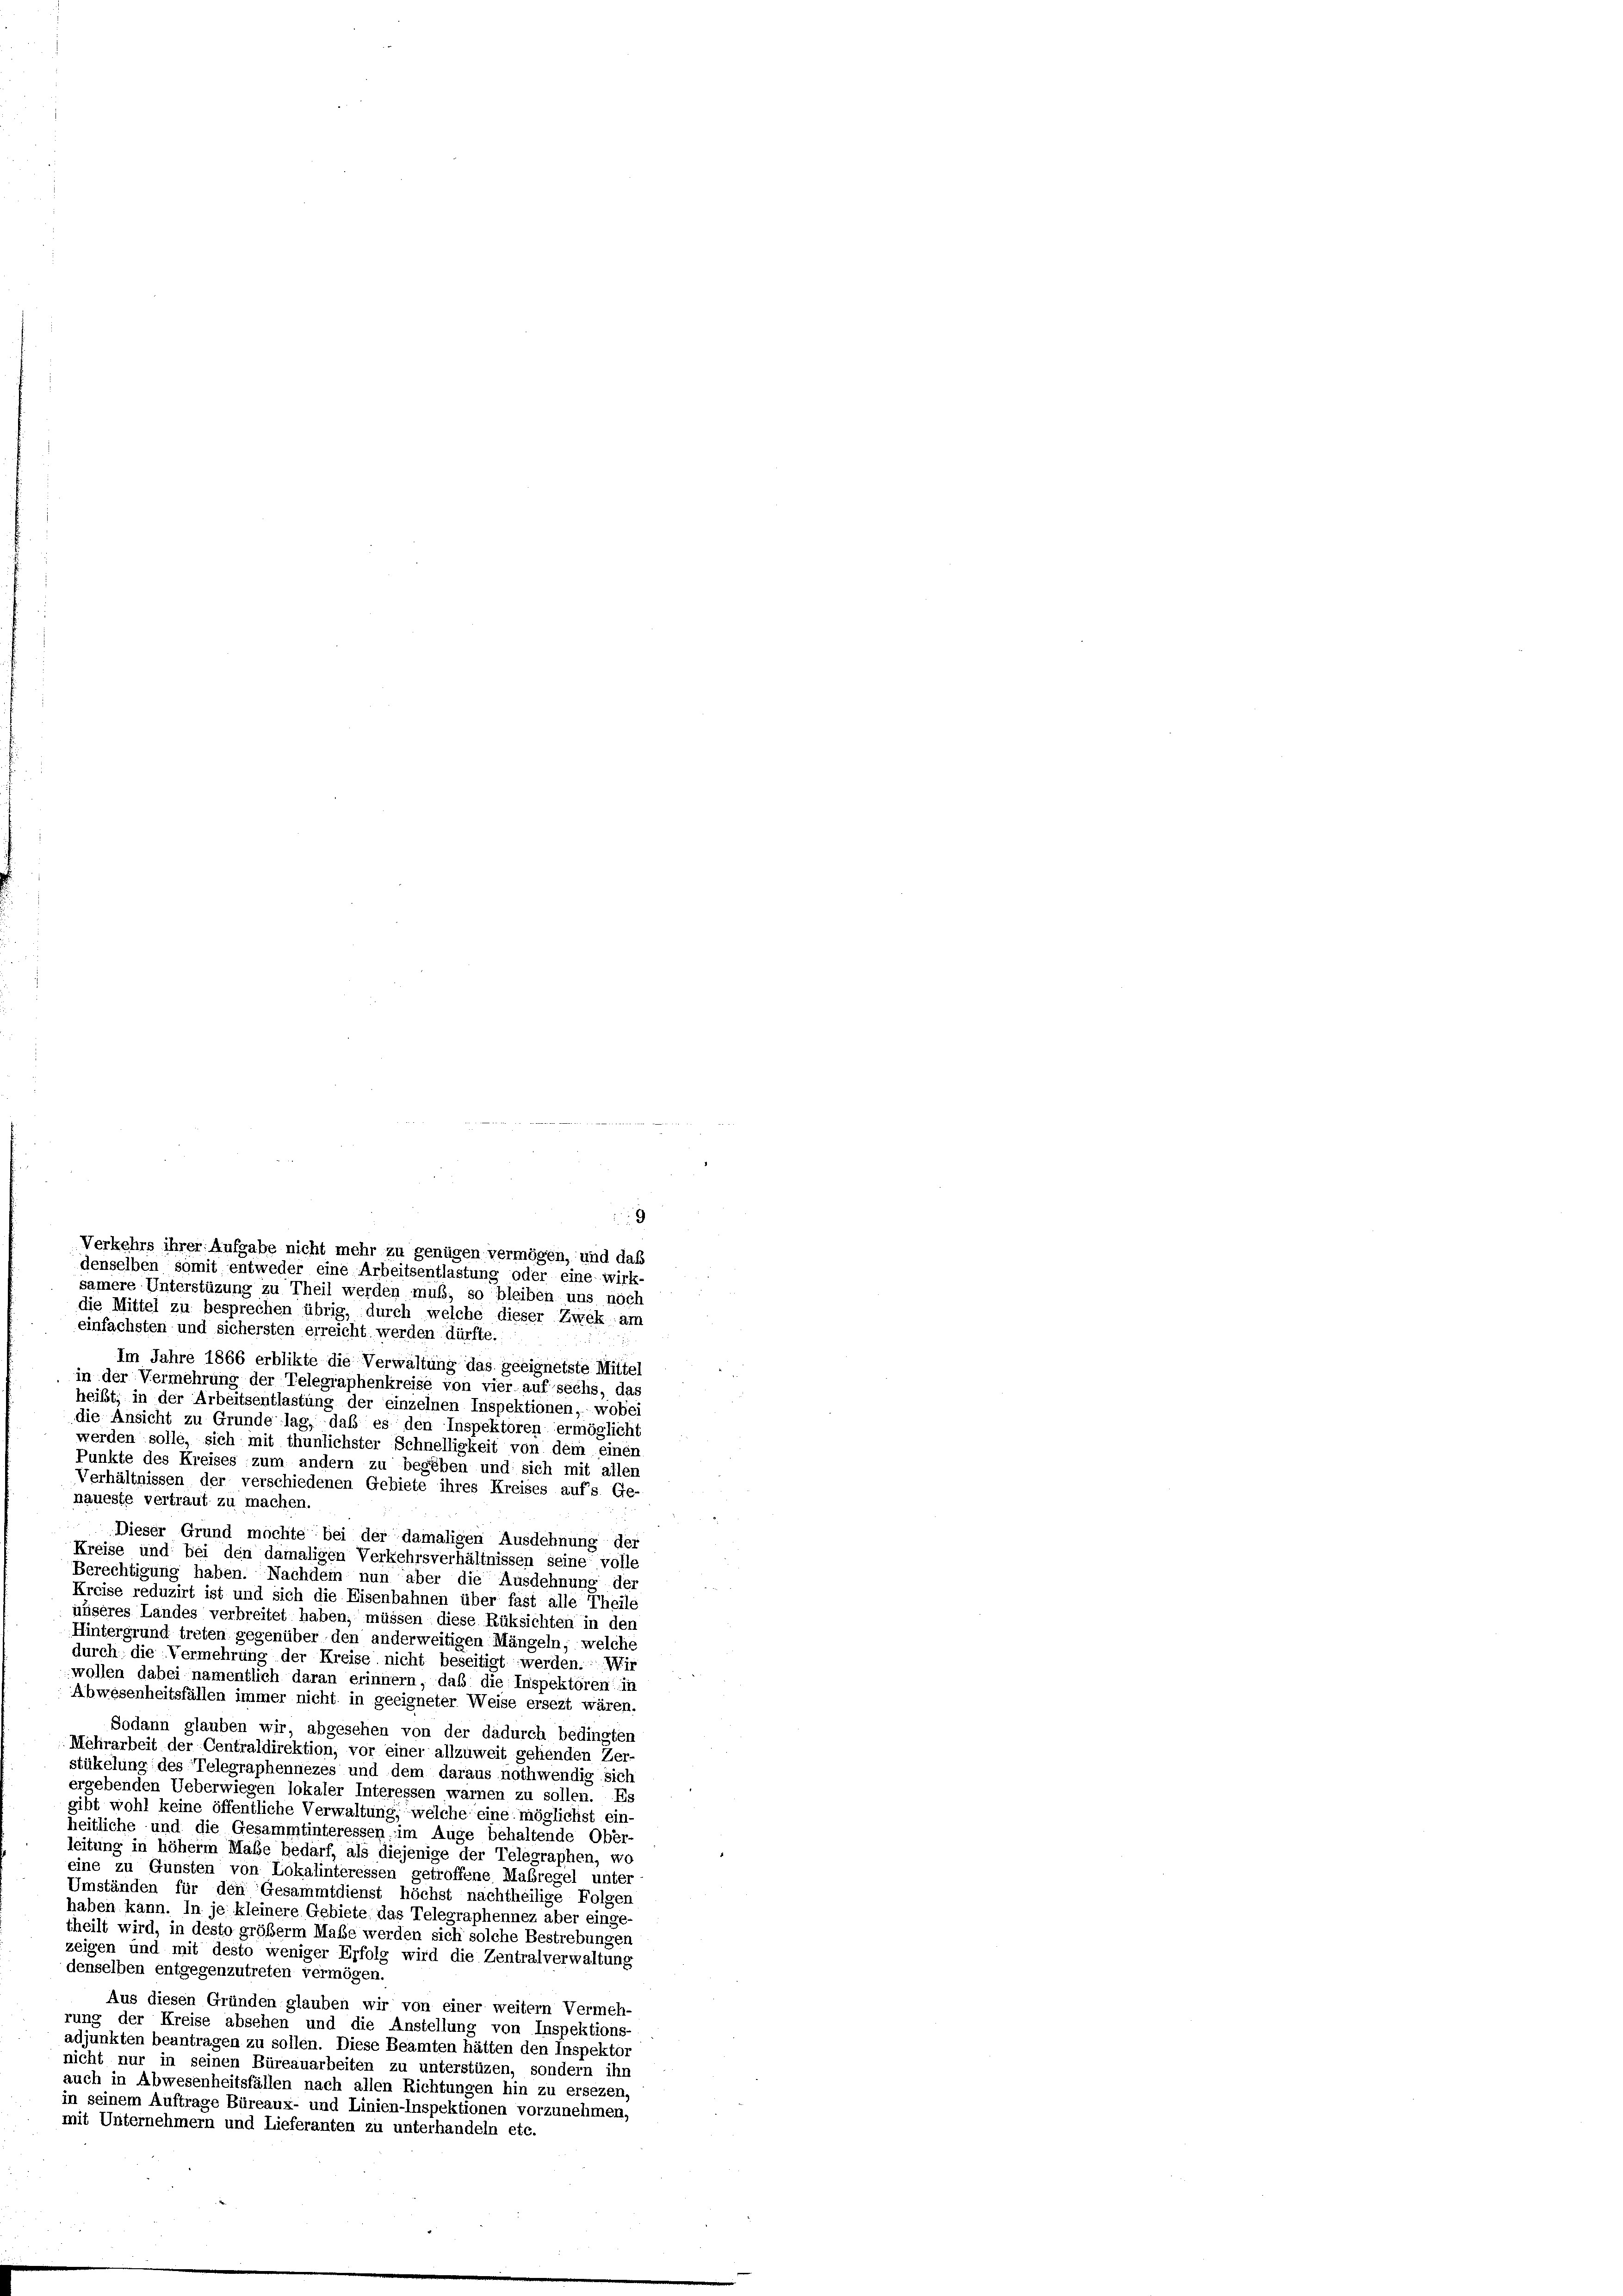
die Mittel zu besprechen übrig, durch welche dieser Zwek am
einfachsten und sichersten erreicht werden dürfte.
Im Jahre 1866 erblikte die Verwaltung das geeignetste Mittel
in der Vermehrung der Telegraphenkreise von vier auf sechs, das
heißt, in der Arbeitsentlastung der einzelnen Inspektionen, wobei
die Ansicht zu Grunde lag, daß es den Inspektoren ermöglicht
werden solle, sich mit thunlichster Schnelligkeit von dem einen
Punkte des Kreises zum andern zu begeben und sich mit allen
Verhältnissen der verschiedenen Gebiete ihres Kreises aufs. Ge-
naueste vertraut zu machen.
Dieser Grund machte bei der damaligen Ausdehnung der
Kreise und bei den damaligen Verkehrsverhältnissen seine volle
Berechtigung haben. Nachdem nun aber die Ausdehnung der
Kreise reduzirt ist und sich die Eisenbahnen über fast alle Theile
unseres Landes verbreitet haben, müssen diese Rüksichten in den
Hintergrund treten gegenüber den anderweitigen Mängeln, welche
durch die Vermehrung der Kreise nicht beseitigt werden. Wir
wollen dabei namentlich daran erinnern, daß die Inspektoren in
Abwesenheitsfällen immer nicht in geeigneter Weise ersezt wären.
Sodann glauben wir, abgesehen von der dadurch bedingten
Mehrarbeit der Centraldirektion, vor einer allzuweit gehenden Zer-
stükelung des Telegraphennezes und dem daraus nothwendig sich
ergebenden Ueberwiegen lokaler Interessen warnen zu sollen. Es
gibt wohl keine öffentliche Verwaltung, welche eine möglichst ein-
heitliche und die Gesammtinteressen im Auge behaltende Ober-
leitung in höher Maße bedarf, als diejenige der Telegraphen, wo
eine zu Gunsten von Lokalinteressen getroffene Maßregel unter
Umständen für den Gesammtdienst höchst nachtheilige Folgen
haben kann. In je kleinere Gebiete das Telegraphennez aber einge
theilt wird, in desto größerm Maße werden sich solche Bestrebungen
zeigen und mit desto weniger Erfolg wird die Zentralverwaltung
denselben entgegenzutreten vermögen.
Aus diesen Gründen glauben wir von einer weitern Vermeh-
rung der Kreise absehen und die Anstellung von Inspektions-
adjunkten beantragen zu sollen. Diese Beamten hätten den Inspektor
nicht nur in seinen Büreauarbeiten zu unterstüzen, sondern ihn
auch in Abwesenheitsfällen nach allen Richtungen hin zu ersezen.
in seinem Auftrage Büreaux- und Linien-Inspektionen vorzunehmen,
mit Unternehmern und Lieferanten zu unterhandeln etc.

9
Verkehrs ihrer Aufgabe nicht mehr zu genügen vermögen, und daß
denselben somit entweder eine Arbeitsentlastung oder eine wirk-
samere Unterstüzung zu Theil werden muß, so bleiben uns noch